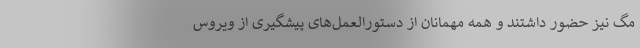
مگ نیز حضور داشتند و همه مهمانان از دستورالعمل‌های پیشگیری از ویروس